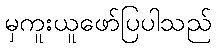
မှကူးယူဖော်ပြပါသည်